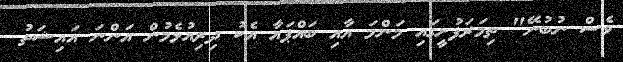
ވެސް ނުބުނޭ" ތިމަރަފުށީގައި މަންމަ އާއި ބައްޕައާ އެކު ދިރިއުޅެމުން އަންނަ އައިޝަތު